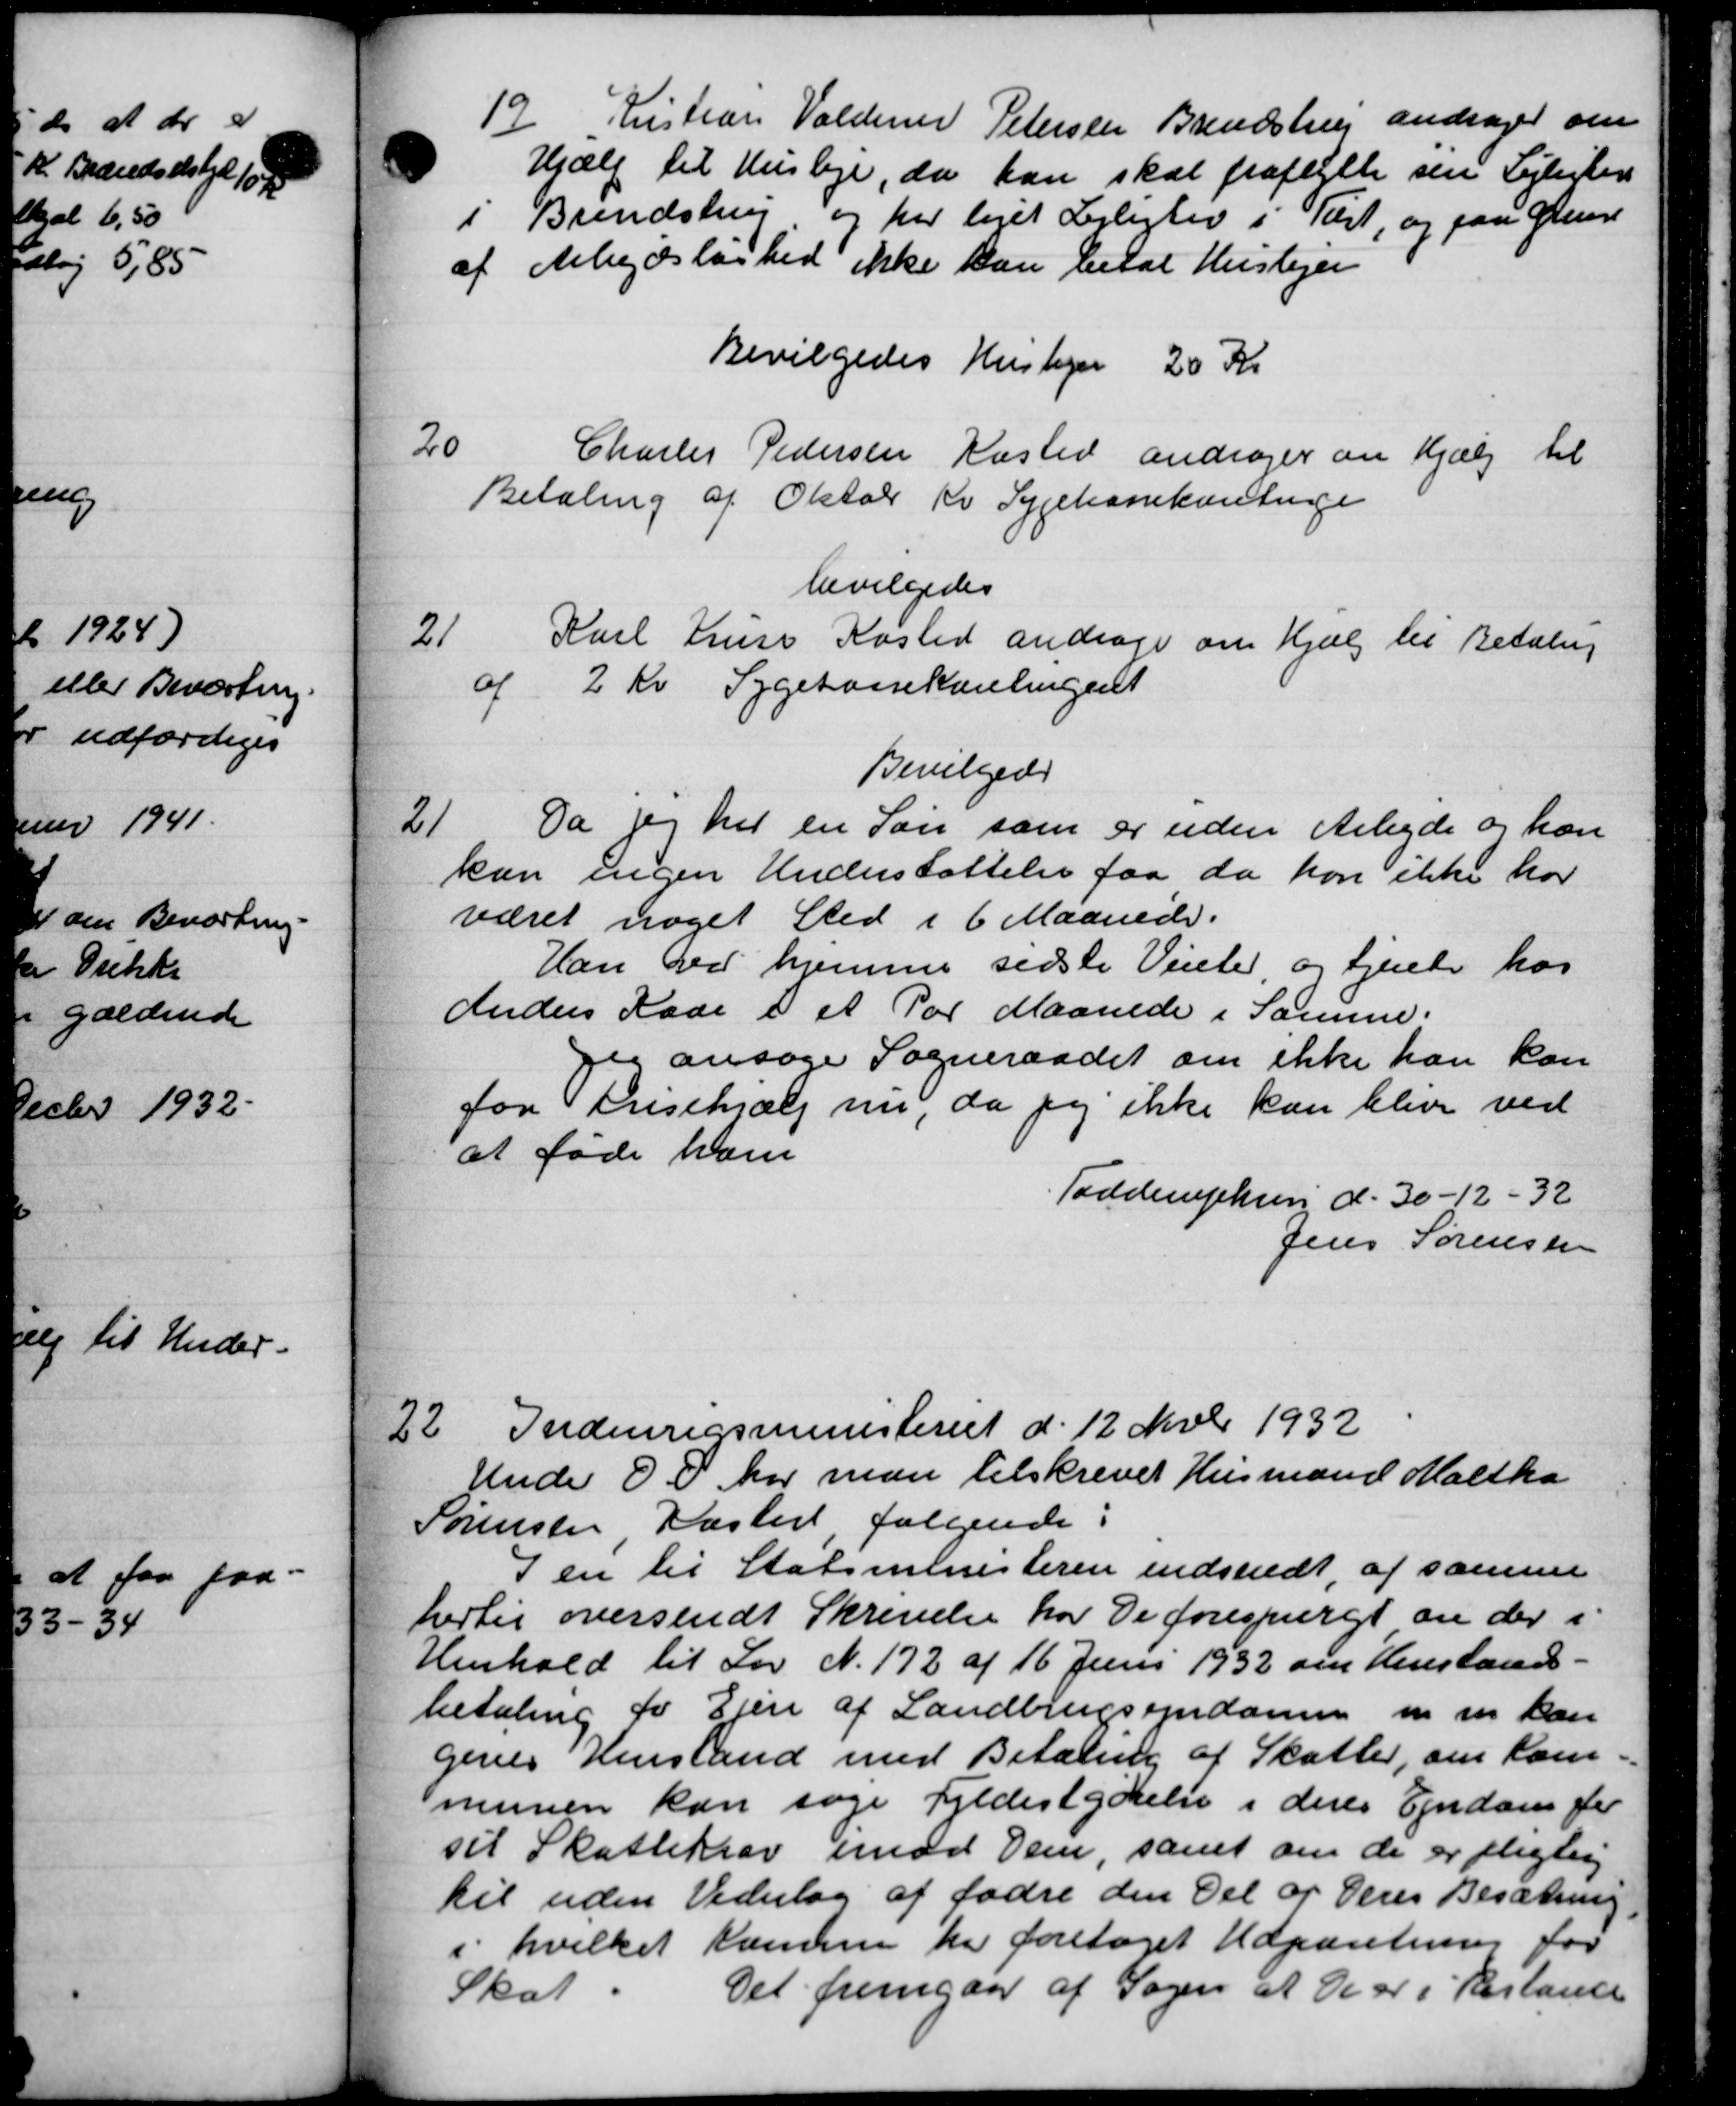
Transskription:
12
Kristian Valdemar Petersen Brendstrup andrager om
Hjælp til Husleje, da han skal fraflytte sin Lejlighed
i Brendstrup og har lejet Lejlighed i Vært, og paa Grund
af Arbejdsløshed ikke kan betal Huslejer
Bevilgedes Huslejer 20 Kr
20
Charles Pedersen Kasted andrager om Hjælp til
Betaling af Oktobr Kv Sygekassekontinge
bevilgedes
21
Karl Kruse Køsted andrager om Hjælp til Betaling
af 2 Kr Sygekassekontingent
Bevilgedes
21
Da og til en Søn som er uden Arbejde og han
kan ingen Understøttelse faa da kan ikke har
været noget Sted i 6 Maanede.
Han ved hjemme sidste Vinter og tjente hos
Anders Kæde i et Par Maanede i Samme.
jeg ansøger Sogneraadet om ikke han kan
for Prisehjælp nu, da jeg ikke kan blive ved
at føde ham
Todderuphus d. 30-12-32
Jens Sørensen
22. Indenrigsministeriet d. 12 Novbr 1932
22. Indenrigsministeriet d. 12 Novbr 1932
Under D. D. har man tilskrevet Husmand Maltka
Sørensen Næsted, følgende:
I en til Statsministeren indsendt af samme
hertil oversendt Skrivelse har De forespurgt om der i
Henhold til Lov N. 172 af 16 Juni 1932 om Henstands-
betaling for Elen af Landbrugsendamm m. m. kan
gives Henstand med Betaling af Skatter, om Kom
munen kan søge Fyldestgørelse i deres Ejendom for
sil Skattekrav imod Dem, samt om de er pligtig
til uden Vederlag af fødre den Del af Deres Besætning
i hvilket Kamme her foretaget Udparetning for
Skat
Det fremgaar af Sagen af de er i Restance